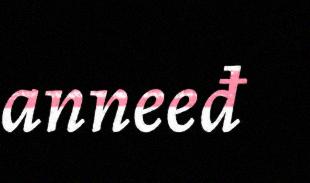
anneeđ